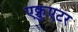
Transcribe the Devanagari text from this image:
एक्चुएटर